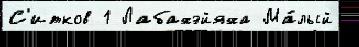
С'итков 1 Лабахэйяха Ма́лый